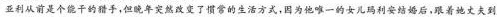
亚利从前是个能干的猎手，但晚年突然改变了惯常的生活方式，因为他唯一的女儿玛利安结婚后，跟着她丈夫到